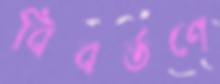
বিবর্তণে